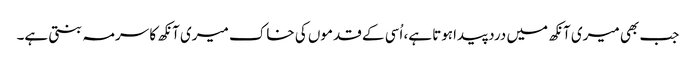
جب بھی میری آنکھ میں درد پیداہوتا ہے، اُسی کے قدموں کی خاک میری آنکھ کا سرمہ بنتی ہے۔